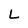
Character: L